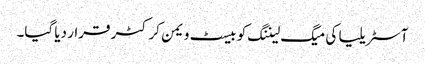
آسٹریلیا کی میگ لیننگ کو بیسٹ ویمن کرکٹر قرار دیا گیا۔